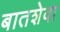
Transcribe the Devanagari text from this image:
बातशेवा